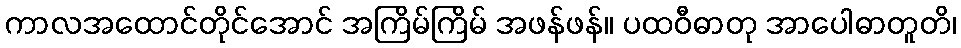
ကာလအထောင်တိုင်အောင် အကြိမ်ကြိမ် အဖန်ဖန်။ ပထဝီဓာတု အာပေါဓာတူတိ၊